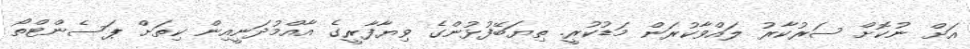
އަށް ނުކޮށް ސަރުކާރު ލައްވާކުރަން މަޑުކުރީ. ތިޔަބޭފުޅުންގެ ވިޔާފާރީގެ އާއްމުދަނީއިން ކިތަށް ޕަސެންޓްތޯ